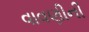
વાવણીની